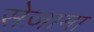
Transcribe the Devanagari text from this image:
सेज़ामा